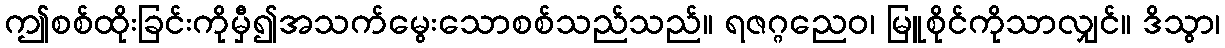
ဤစစ်ထိုးခြင်းကိုမှီ၍အသက်မွေးသောစစ်သည်သည်။ ရဇဂ္ဂညေဝ၊ မြူစိုင်ကိုသာလျှင်။ ဒိသွာ၊